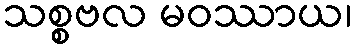
သစ္စဗလ မဝဿာယ၊